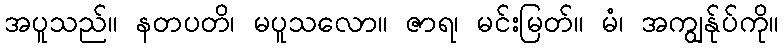
အပူသည်။ နတပတိ၊ မပူသလော။ ဇာရ၊ မင်းမြတ်။ မံ၊ အကျွန်ုပ်ကို။